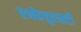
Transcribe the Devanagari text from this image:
एचकेयुएसटी